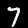
Label: 7